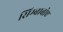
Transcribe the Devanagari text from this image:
सिम्बाबोए